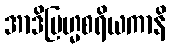
အာဒိဗြဟ္မစရိယကာနိ